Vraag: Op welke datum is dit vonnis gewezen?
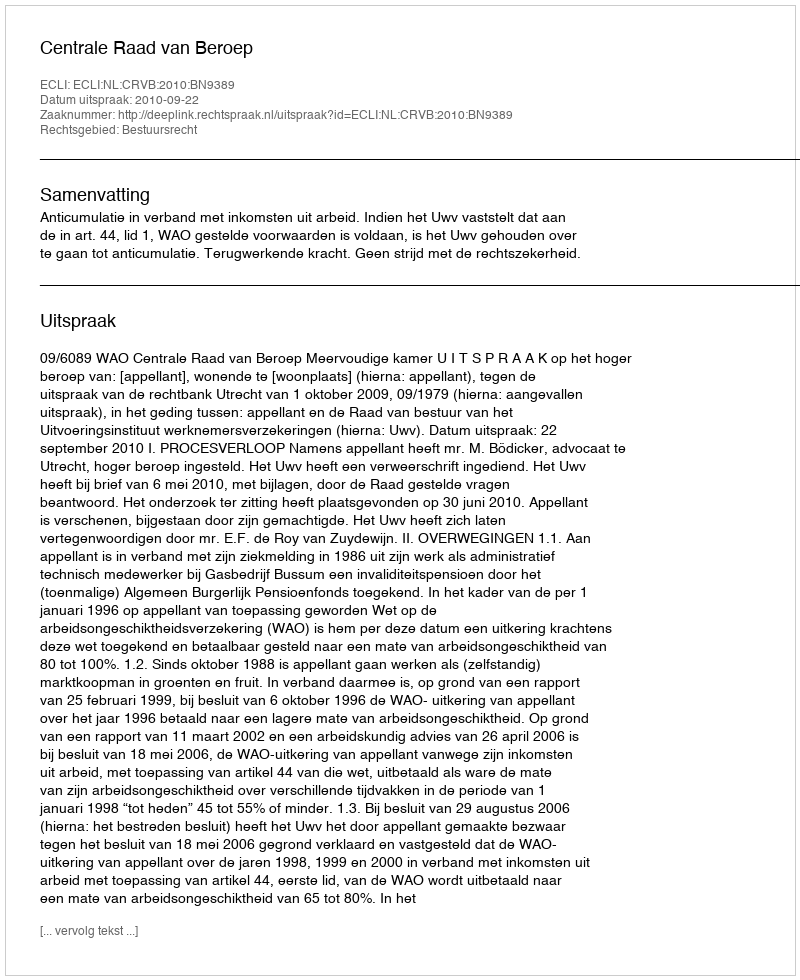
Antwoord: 2010-09-22